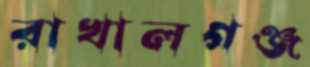
রাখালগঞ্জ